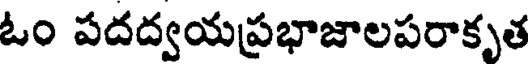
ఓం పదద్వయప్రభాజాలపరాకృత